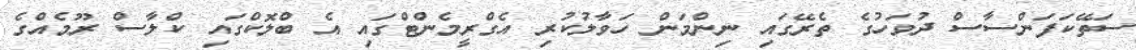
ސަތޭކަފަންސާސް ދުވަހުގެ ތެރޭގައި ނިންމަން ހަވާލުކުރި އެގްރީމެންޓްގައި އެ ބްލޮކްގައި ކްލާސް ރޫމެއްގެ